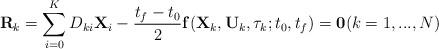
LaTeX: \begin{align*}\mathbf{R}_k = \sum_{i=0}^{K}D_{ki}\mathbf{X}_i-\frac{t_f-t_0}{2}\mathbf{f}(\mathbf{X}_k,\mathbf{U}_k,\tau_k;t_0,t_f) = \mathbf{0} (k = 1,...,N) \end{align*}